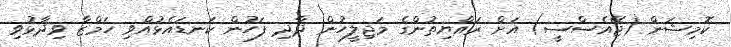
ކޮމިޝަން (ޖޭއެސްސީ) އަށް ރައްޔިތުންގެ މަޖިލީހުން ދާދި ފަހުން ކަނޑައެޅުއްވި ހަމްޒާ ވިދާޅުވި